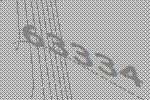
63334